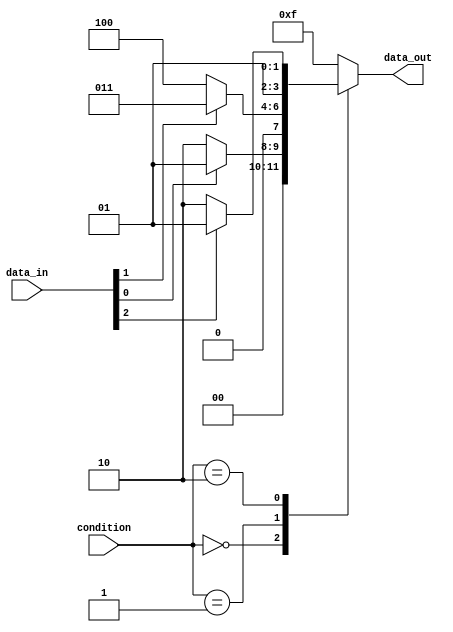
module case_if_else_example (
    input [2:0] condition,
    input [3:0] data_in,
    output reg [3:0] data_out
);

always @(*) begin
    case (condition)
        3'b000: begin
            if (data_in[0] == 1) begin
                data_out = 4'b0001;
            end
            else begin
                data_out = 4'b0010;
            end
        end
        
        3'b001: begin
            if (data_in[1] == 1) begin
                data_out = 4'b0011;
            end
            else begin
                data_out = 4'b0100;
            end
        end
        
        3'b010: begin
            if (data_in[2] == 1) begin
                data_out = 4'b0101;
            end
            else begin
                data_out = 4'b0110;
            end
        end
        
        default: begin
            data_out = 4'b1111;
        end
    endcase
end

endmodule